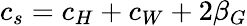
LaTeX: c_{s}=c_{H}+c_{W}+2\beta_{G}